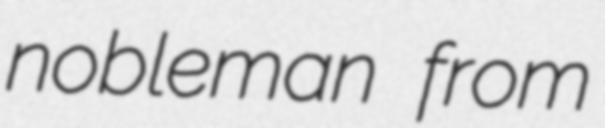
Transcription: nobleman from